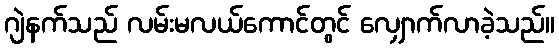
ဂျဲနက်သည် လမ်းမလယ်ကောင်တွင် လျှောက်လာခဲ့သည်။